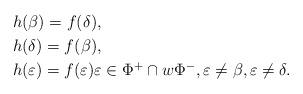
LaTeX: \begin{align*}&h(\beta)=f(\delta),\\&h(\delta)=f(\beta),\\&h(\varepsilon)=f(\varepsilon)\varepsilon\in \Phi^+\cap w\Phi^-, \varepsilon\ne \beta, \varepsilon\ne \delta.\end{align*}